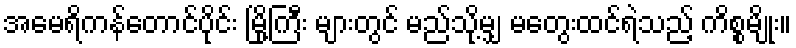
အမေရိကန်တောင်ပိုင်း မြို့ကြီး များတွင် မည်သို့မျှ မတွေးထင်ရဲသည့် ကိစ္စမျိုး။